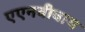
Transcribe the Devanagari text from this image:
एएनवीवाय